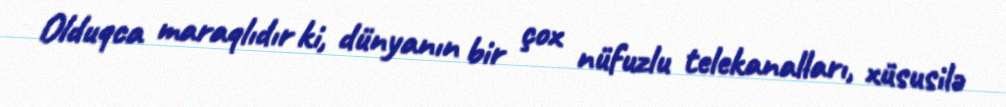
Olduqca maraqlıdır ki, dünyanın bir çox nüfuzlu telekanalları, xüsusilə